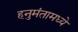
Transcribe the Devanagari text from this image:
हनुमंतामध्ये